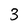
Character: 3